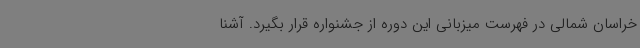
خراسان شمالی در فهرست میزبانی این دوره از جشنواره قرار بگیرد. آشنا